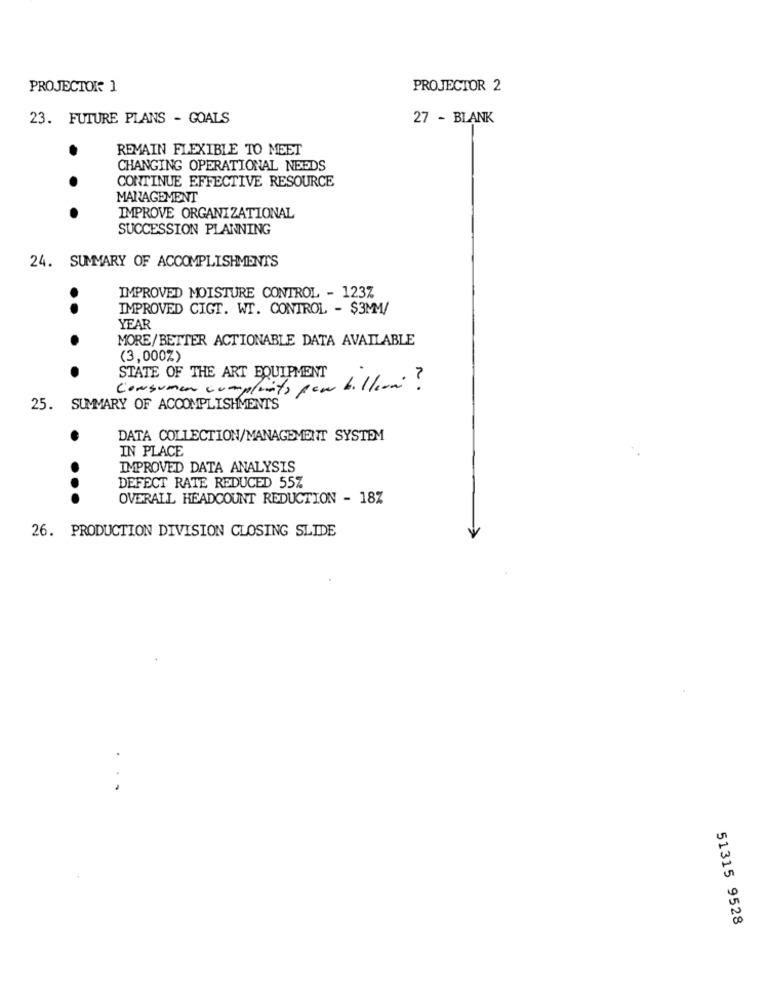
PROJECTOR 1
PROJECTOR 2
23. FUTURE PLANS - GOALS
27 - BLANK
REMAIN FLEXIBLE TO MEET
CHANGING OPERATIONAL NEEDS
CONTINUE EFFECTIVE RESOURCE
.
MANAGEMENT
.
IMPROVE ORGANIZATIONAL
SUCCESSION PLANNING
24. SUMMARY OF ACCOMPLISHMENTS
IMPROVED MOISTURE CONTROL - 123%
IMPROVED CIGT. WT. CONTROL - $3MM/
..
YEAR
MORE/BETTER ACTIONABLE DATA AVAILABLE
.
(3,000%)
.
STATE OF THE ART EQUIPMENT
Consumer complinto por billem?
25. SUMMARY OF ACCOMPLISHMENTS
DATA COLLECTION/MANAGEMENT SYSTEM
...
.
IN PLACE
IMPROVED DATA ANALYSIS
DEFECT RATE REDUCED 55%
OVERALL HEADCOUNT REDUCTION - 18%
26. PRODUCTION DIVISION CLOSING SLIDE
51315 9528